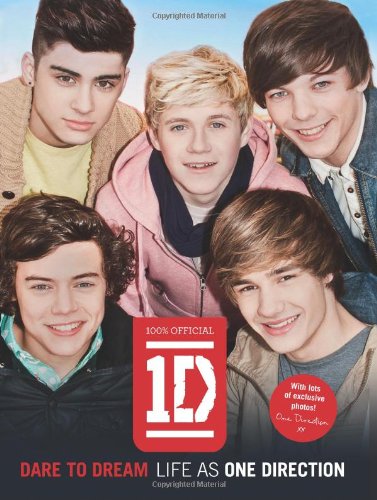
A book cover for Dare to Dream: Life as One Direction; One Direction; Teen & Young Adult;